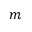
m